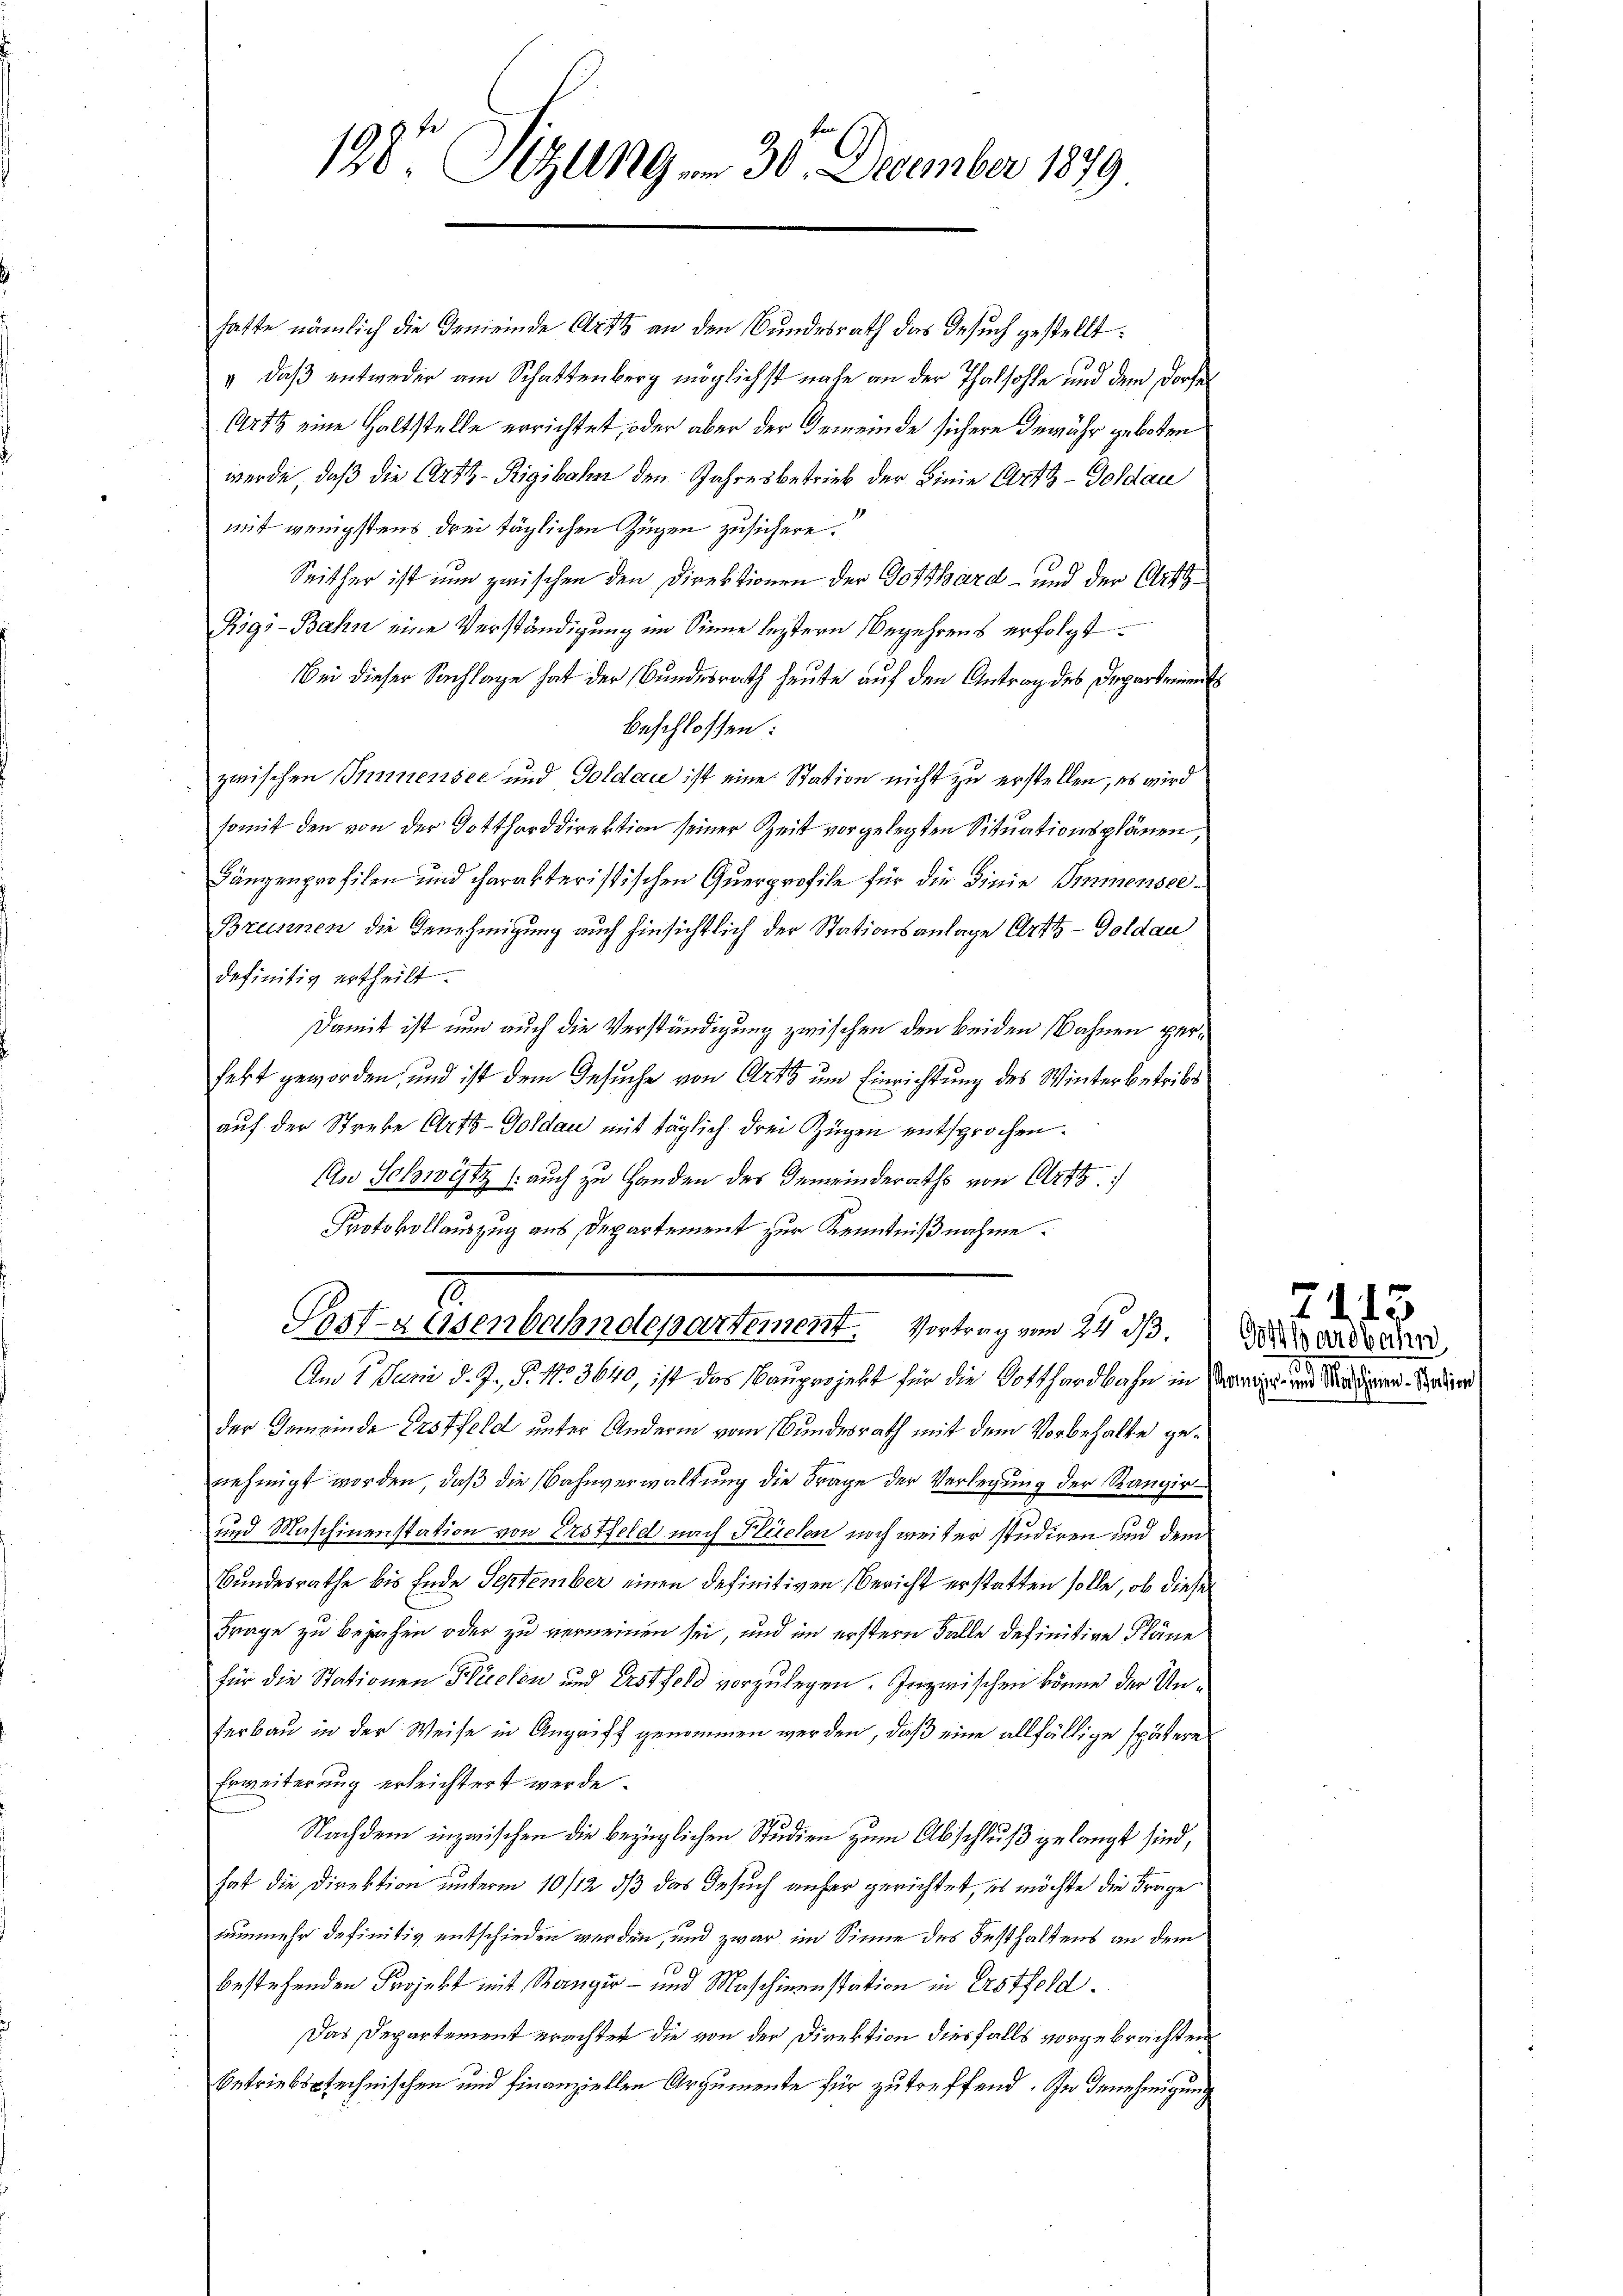
128. Sizung , 30. December 1879

hatte nämlich die Gemeinde Art an den Bundesrath das Gesuch gestellt:
v, daß entweder am Schaftenberg möglichst nahe an der Thatsohle und dem Dorfe
Arth eine Haltstelle errichtet, oder aber der Gemeinde sichere Gewähr geboten
werde, daß die Art-Rigibahn den Jahresbetrieb der Linie Artt-Goldau
mit wenigstens drei täglichen Zügen zusichere.
Seither ist nun zwischen den Direktionen der Gotthard- und der Art
Rigi-Bahn eine Verständigung im Sinne leztern Begehrens erfolgt
Bei dieser Sachlage hat der Bundesrath heute auf den Antrag des Departeid
beschlossen:
zwischen Immensee und Goldau ist eine Station nicht zu erstellen, es wird
somit den von der Gotthorddirektion seiner Zeit vorgelegten Situationsplänen,
Längenprofilen und charakteristischen Querprofile für die Linie Immensee¬
Brunnen die Genehmigung auch hinsichtlich der Stationsanlage Arttz-Goldau
definitiv ertheilt.
Damit ist nun auch die Verständigung zwischen den beiden Bahnen perhebt geworden, und ist dem Gesuche von Art um Einrichtung des Winterbetribe
auf der Strebe Artis-Goldau mit täglich drei Zügen entsprochen.
An Schwyz (auch zu Handen des Gemeinderaths von Ort
Protokollauszug aus Departement zur Kenntnißnahme.
7
Post-Rosenbahndepartement. Vortrag vom 24. d.
Am 7. Juni d. J. P. Nr. 3640, ist das Hauper jetzt für die Gotthardbahn in seiner Madamen. Seiter
der Gemeinde Erstfeld unter Andern vom Bundesrath mit dem Vorbehalte genehmigt worden, daß die Bahnverwaltung die Frage der Verlegung der Rangir¬
und Maschinenstation von Erstfeld nach Flüelen noch weiter studiren und dem
Bundesrathe bis Ende September einen definitiven Bericht erstatten solle, ob dieses
Frage zu bejahen oder zu verneinen sei, und im erstern Falle definitive Pläne
für die Stationen Flächen und Erstfeld vorzulegen. Inzwischen könne der Unferbau in der Weise in Angriff genommen werden, daß eine allfällige spätere
Erweiterung erleichtert werde.
Nachdem inzwischen die bezüglichen Studien zum Abschluß gelangt sind,
hat die Direktion unterm 10/12 dß das Gesuch anher gerichtet, es möchte die Frage
nunmehr definitiv entschieden werden, und zwar im Sinne des Festhaltens an dem
bestehenden Projekt mit Ranger- und Maschinenstation in Erstfeld
Das Departement erachtet die von der Direktion diesfalls vorgebrachten
betriebstechnischen und finanziellen Argumente für zutreffend. In Genehmigung

21. 13
Gotthardbahn